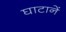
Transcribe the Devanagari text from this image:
घाटानें